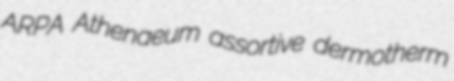
ARPA Athenaeum assortive dermotherm